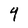
Character: 4